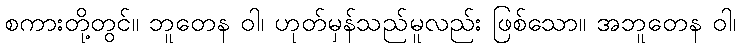
စကားတို့တွင်။ ဘူတေန ဝါ၊ ဟုတ်မှန်သည်မူလည်း ဖြစ်သော။ အဘူတေန ဝါ၊